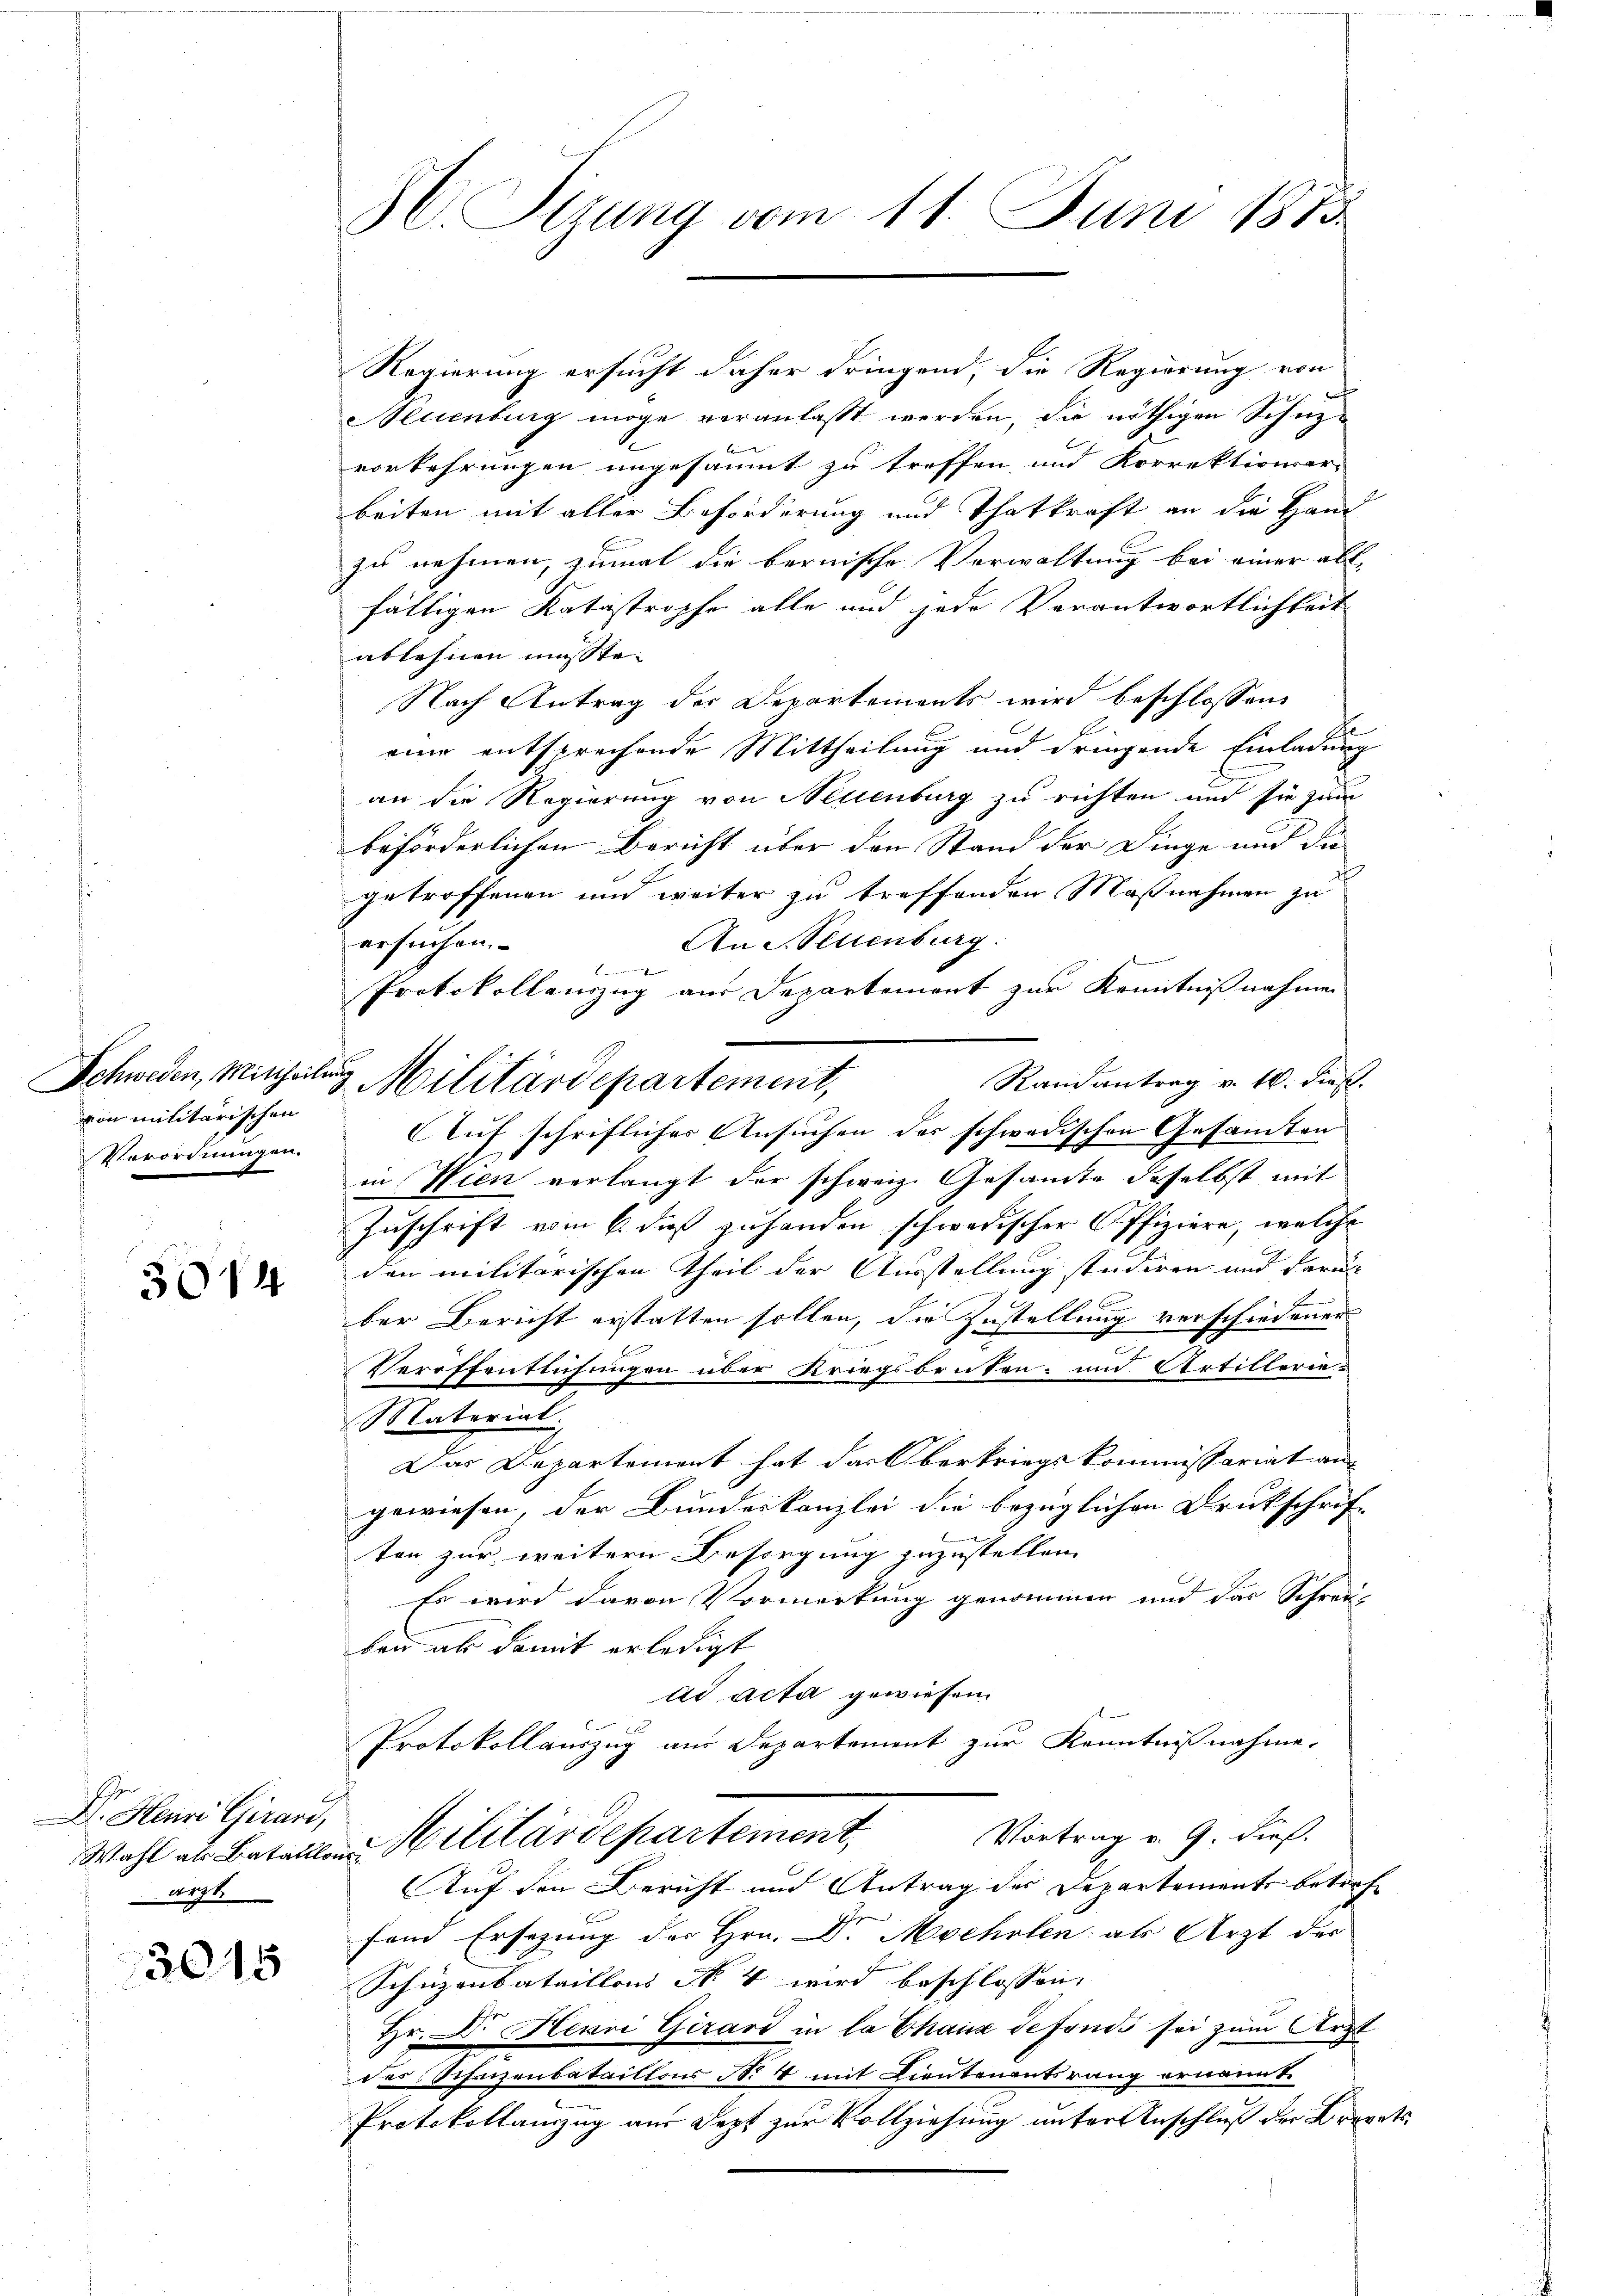
Schweden, Mittheilung
von militarischen
Verordnungen.

3014

Dr. Henri Girard,
ärzt.

3045

H. Sizung vom 11. Juni 1873.

Regierung ersucht daher dringend, die Regierung von
Neuenburg möge veranlaßt werden, die nöthigen Schuzvorkehrungen ungesäumt zu treffen, und Korrektionsar-
beiten mit aller Beförderung und Thatkraft an die Hand
zu nehmen, zumal die bernische Verwaltung bei einer all-
fälligen Katastropfe alle und jede Verantwortlichkeit
ablehnen müsste.
Nach Antrag der Departements wird beschlossen,
E
eine entsprechende Mittheilung und dringende Einladung
an die Regierung von Neuenburg zu richten und sie zum
beförderlichen Bericht über den Stand der Dinge und die
getroffenen und weiter zu treffenden Maßnahmen zu
An Neuenburg.
ersuchen.
t

Protokollenzzug aus Departement zur Kenntnißnahme
Randantrag v. 16. dieß.
Militärdepartement,
Auf schriflicher Ansuchen des schwedischen Gesamten
in Wien verlangt der schweiz. Gesamte desselbst mit
Zuschrift vom 6. dieß zuhanden schwedischer Offiziere, welche
den militärischen Theil der Ausstellung studiren und darüb
ber Bericht erstatten sollen, die Zustellung verschiedener
Veröffentlichungen über Kriegsbeuten- und Artillerie-
Material.
Das Departement hat das Oberkriegskommissariat an
gewiesen, der Bundeskanzlei die bezüglichen Druckschrif-
ten zur weitern Besorgung zuzustellen.
Es wird davon Vormerkung genommen und das Schrei-
ben als damit erledigt
ad acta gewiesen.
Protokollauszug aus Departement zur Kenntnißnahme.
Vortrag v. 9. dieß
Wahl als Betallen Militärdepartement,
Auf den Bericht und Antrag des Departements betref
fein Ersezung der Hrn. Dr. Mocholen als Arzt der
Schüzenbataillons No 4 wird beschlossen:
Hr. Dr. Henri Girard in la Chaus defonis sei zum Arzt
des Schanzenbataillons No 4 mit Lieutenantsrang ernannt.
Protokollanzug aus Sept zur Vollziehung unter Anschluß der Brevets¬